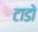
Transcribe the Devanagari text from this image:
टाडो